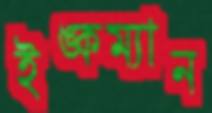
ইঙ্কম্যান